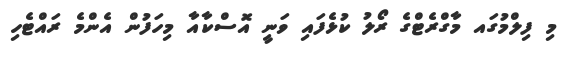
މި ފިލްމުގައ މާގްރެޓްގެ ރޯލު ކުޅެފައި ވަނީ އޮސްކާއާ މިހަފުން އެންމެ ރައްޓެހި